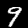
Label: 9